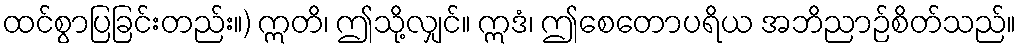
ထင်စွာပြခြင်းတည်း။) ဣတိ၊ ဤသို့လျှင်။ ဣဒံ၊ ဤစေတောပရိယ အဘိညာဉ်စိတ်သည်။